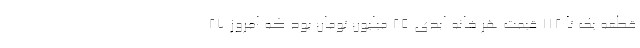
قطعه یک تا ۱۱۲ قیمت هر خانه ابدی ۲۵ میلیون تومان بود که امروز ۲۷